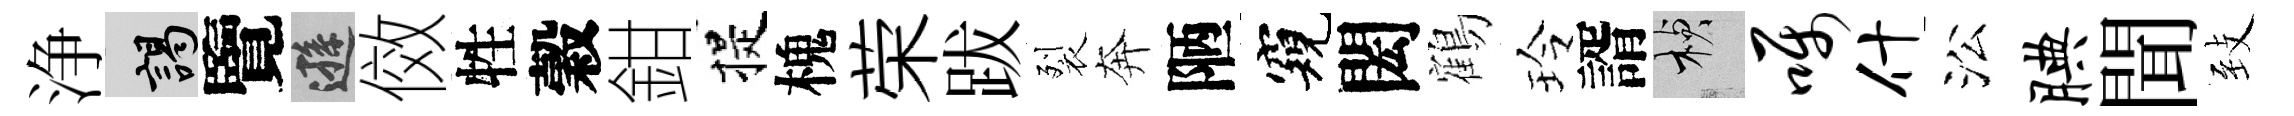
浄謁覽遜傚牲穀鉗提槐荣跋裂奔陋窺閎鶴玲諝楨嘱什㳂腆聞𦤺